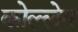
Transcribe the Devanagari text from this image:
कोल्लेग